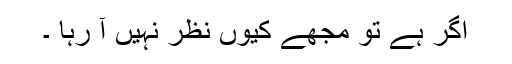
اگر ہے تو مجھے کیوں نظر نہیں آ رہا ۔